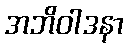
အဘိဝါဒနာ